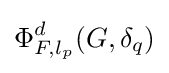
\Phi _{F,l_{p}}^{d}(G,\delta _{q})